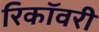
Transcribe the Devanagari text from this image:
रिकॉवरी